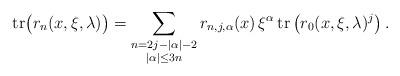
LaTeX: \begin{align*}\textnormal{tr} \big ( r_{n}(x, \xi, \lambda) \big ) = \sum_{ \substack{n=2j - |\alpha|-2 \\ |\alpha| \leq 3n}} r_{n, j , \alpha}(x) \, \xi^\alpha \, \textnormal{tr}\left (r_0(x, \xi, \lambda)^j \right ). \end{align*}